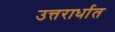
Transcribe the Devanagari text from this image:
उत्तरार्धात